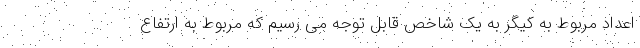
اعداد مربوط به کیگر به یک شاخص قابل توجه می رسیم که مربوط به ارتفاع